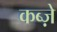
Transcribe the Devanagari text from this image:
कब्‍ज़े